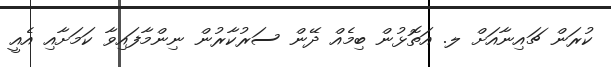
ކުރަން ޗައިނާއަށް ލ. އަތޮޅުން ބިމެއް ދޭން ސަރުކާރުން ނިންމާފައިވާ ކަމަށާއި އެއީ